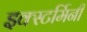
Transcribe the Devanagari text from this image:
इक्स्टर्मिनी